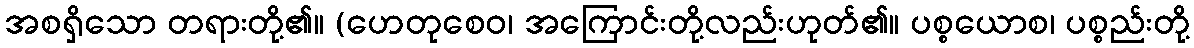
အစရှိသော တရားတို့၏။ (ဟေတုစေဝ၊ အကြောင်းတို့လည်းဟုတ်၏။ ပစ္စယောစ၊ ပစ္စည်းတို့